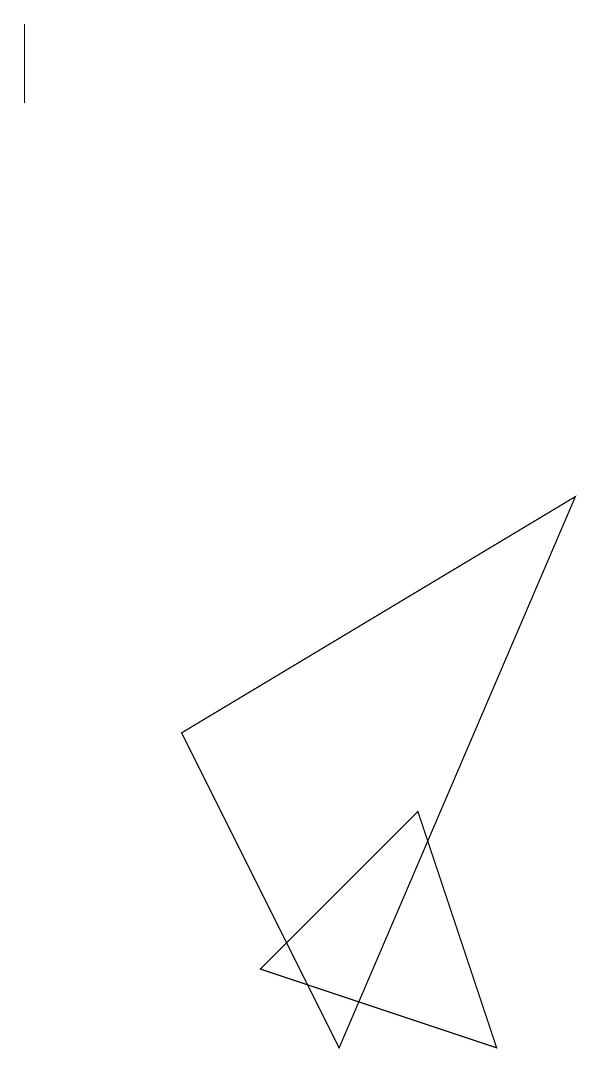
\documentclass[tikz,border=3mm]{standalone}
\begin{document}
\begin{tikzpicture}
\draw (5,1) -- (7,3) -- (8,0) -- cycle;
\draw (2,12) rectangle (2,13);
\draw (4,4) -- (9,7) -- (6,0) -- cycle;
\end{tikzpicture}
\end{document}